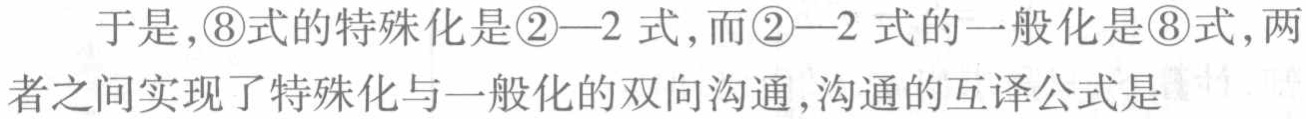
于是，\textcircled{8}式的特殊化是\textcircled{2}—2 式，而\textcircled{2}—2 式的一般化是\textcircled{8}式，两者之间实现了特殊化与一般化的双向沟通，沟通的互译公式是